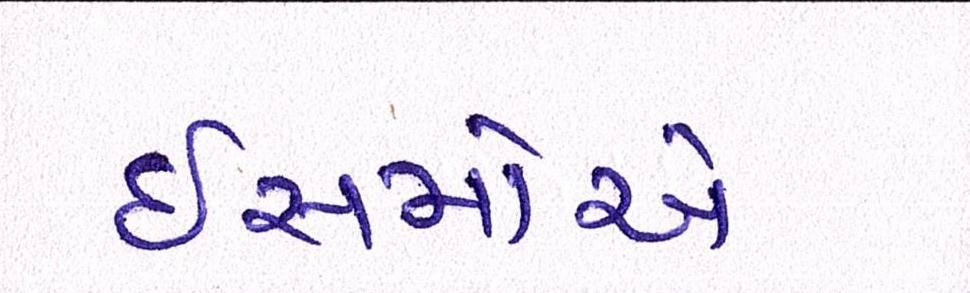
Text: ઈસમોએ